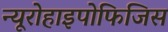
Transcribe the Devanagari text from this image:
न्यूरोहाइपोफिजिस